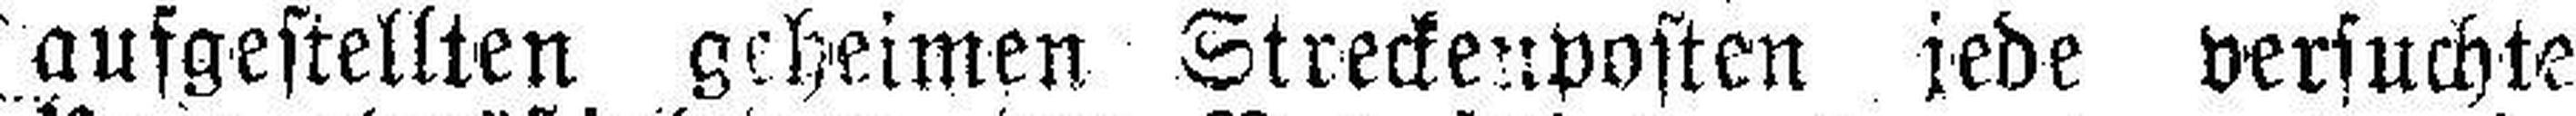
aufgestellten geheimen Streckenposten jede versuchte